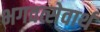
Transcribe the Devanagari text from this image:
भगवत्सेवार्थ